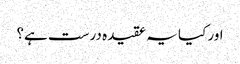
اور کیا یہ عقیدہ درست ہے؟